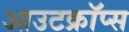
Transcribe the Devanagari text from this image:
आउटक्रॉप्स